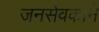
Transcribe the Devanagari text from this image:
जनसेवकाने